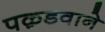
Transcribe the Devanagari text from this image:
पक़डवाने